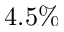
4 . 5 \%